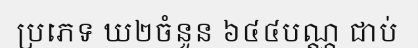
ប្រភេទ ឃ២ចំនួន ៦៤៤បណ្ណ ជាប់